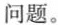
问题。